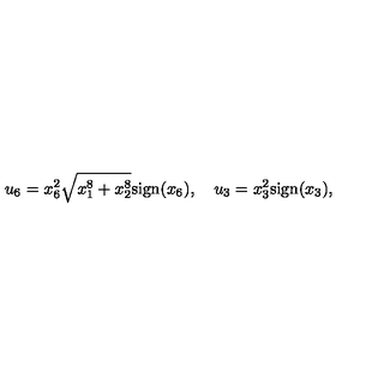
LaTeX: u _ { 6 } = x _ { 6 } ^ { 2 } \sqrt { x _ { 1 } ^ { 8 } + x _ { 2 } ^ { 8 } } \mathrm { s i g n } ( x _ { 6 } ) , \quad u _ { 3 } = x _ { 3 } ^ { 2 } \mathrm { s i g n } ( x _ { 3 } ) ,